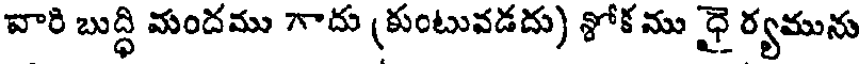
వారి బుద్ధి మందము 7ాదు (కుంటువడదు) శోక ము ధై ర్యమును